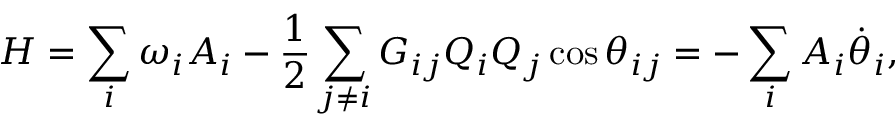
H = \sum _ { i } \omega _ { i } A _ { i } - \frac { 1 } { 2 } \sum _ { j \neq i } G _ { i j } Q _ { i } Q _ { j } \cos \theta _ { i j } = - \sum _ { i } A _ { i } \dot { \theta } _ { i } ,